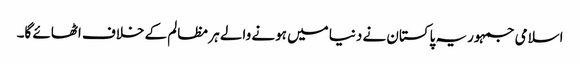
اسلامی جمہوریہ پاکستان نے دنیا میں ہونے والے ہر مظالم کے خلاف اٹھائے گا۔